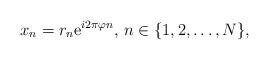
LaTeX: \begin{align*}x_n&=r_n\mathrm{e}^{i 2\pi \varphi n}, \, n\in\{1,2,\ldots,N\},\end{align*}